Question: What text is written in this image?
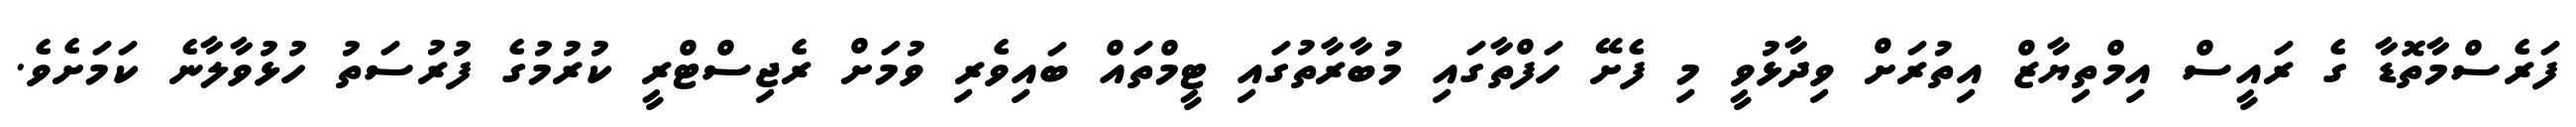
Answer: ފަރެސްމާތޮޑާ ގެ ރައީސް އިމްތިޔާޒް އިތުރަށް ވިދާޅުވީ މި ފެށޭ ހަފްތާގައި މުބާރާތުގައި ޓީމްތައް ބައިވެރި ވުމަށް ރެޖިސްޓްރީ ކުރުމުގެ ފުރުސަތު ހުޅުވާލާނެ ކަމަށެވެ.